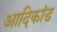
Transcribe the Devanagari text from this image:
आदिकांड